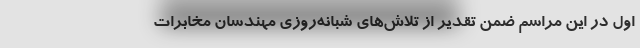
اول در این مراسم ضمن تقدیر از تلاش‌های شبانه‌روزی مهندسان مخابرات